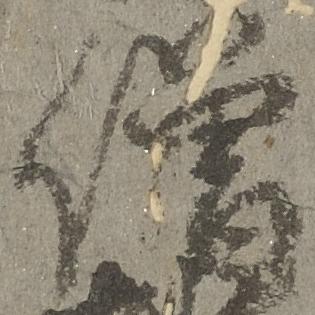
僧